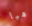
هيا